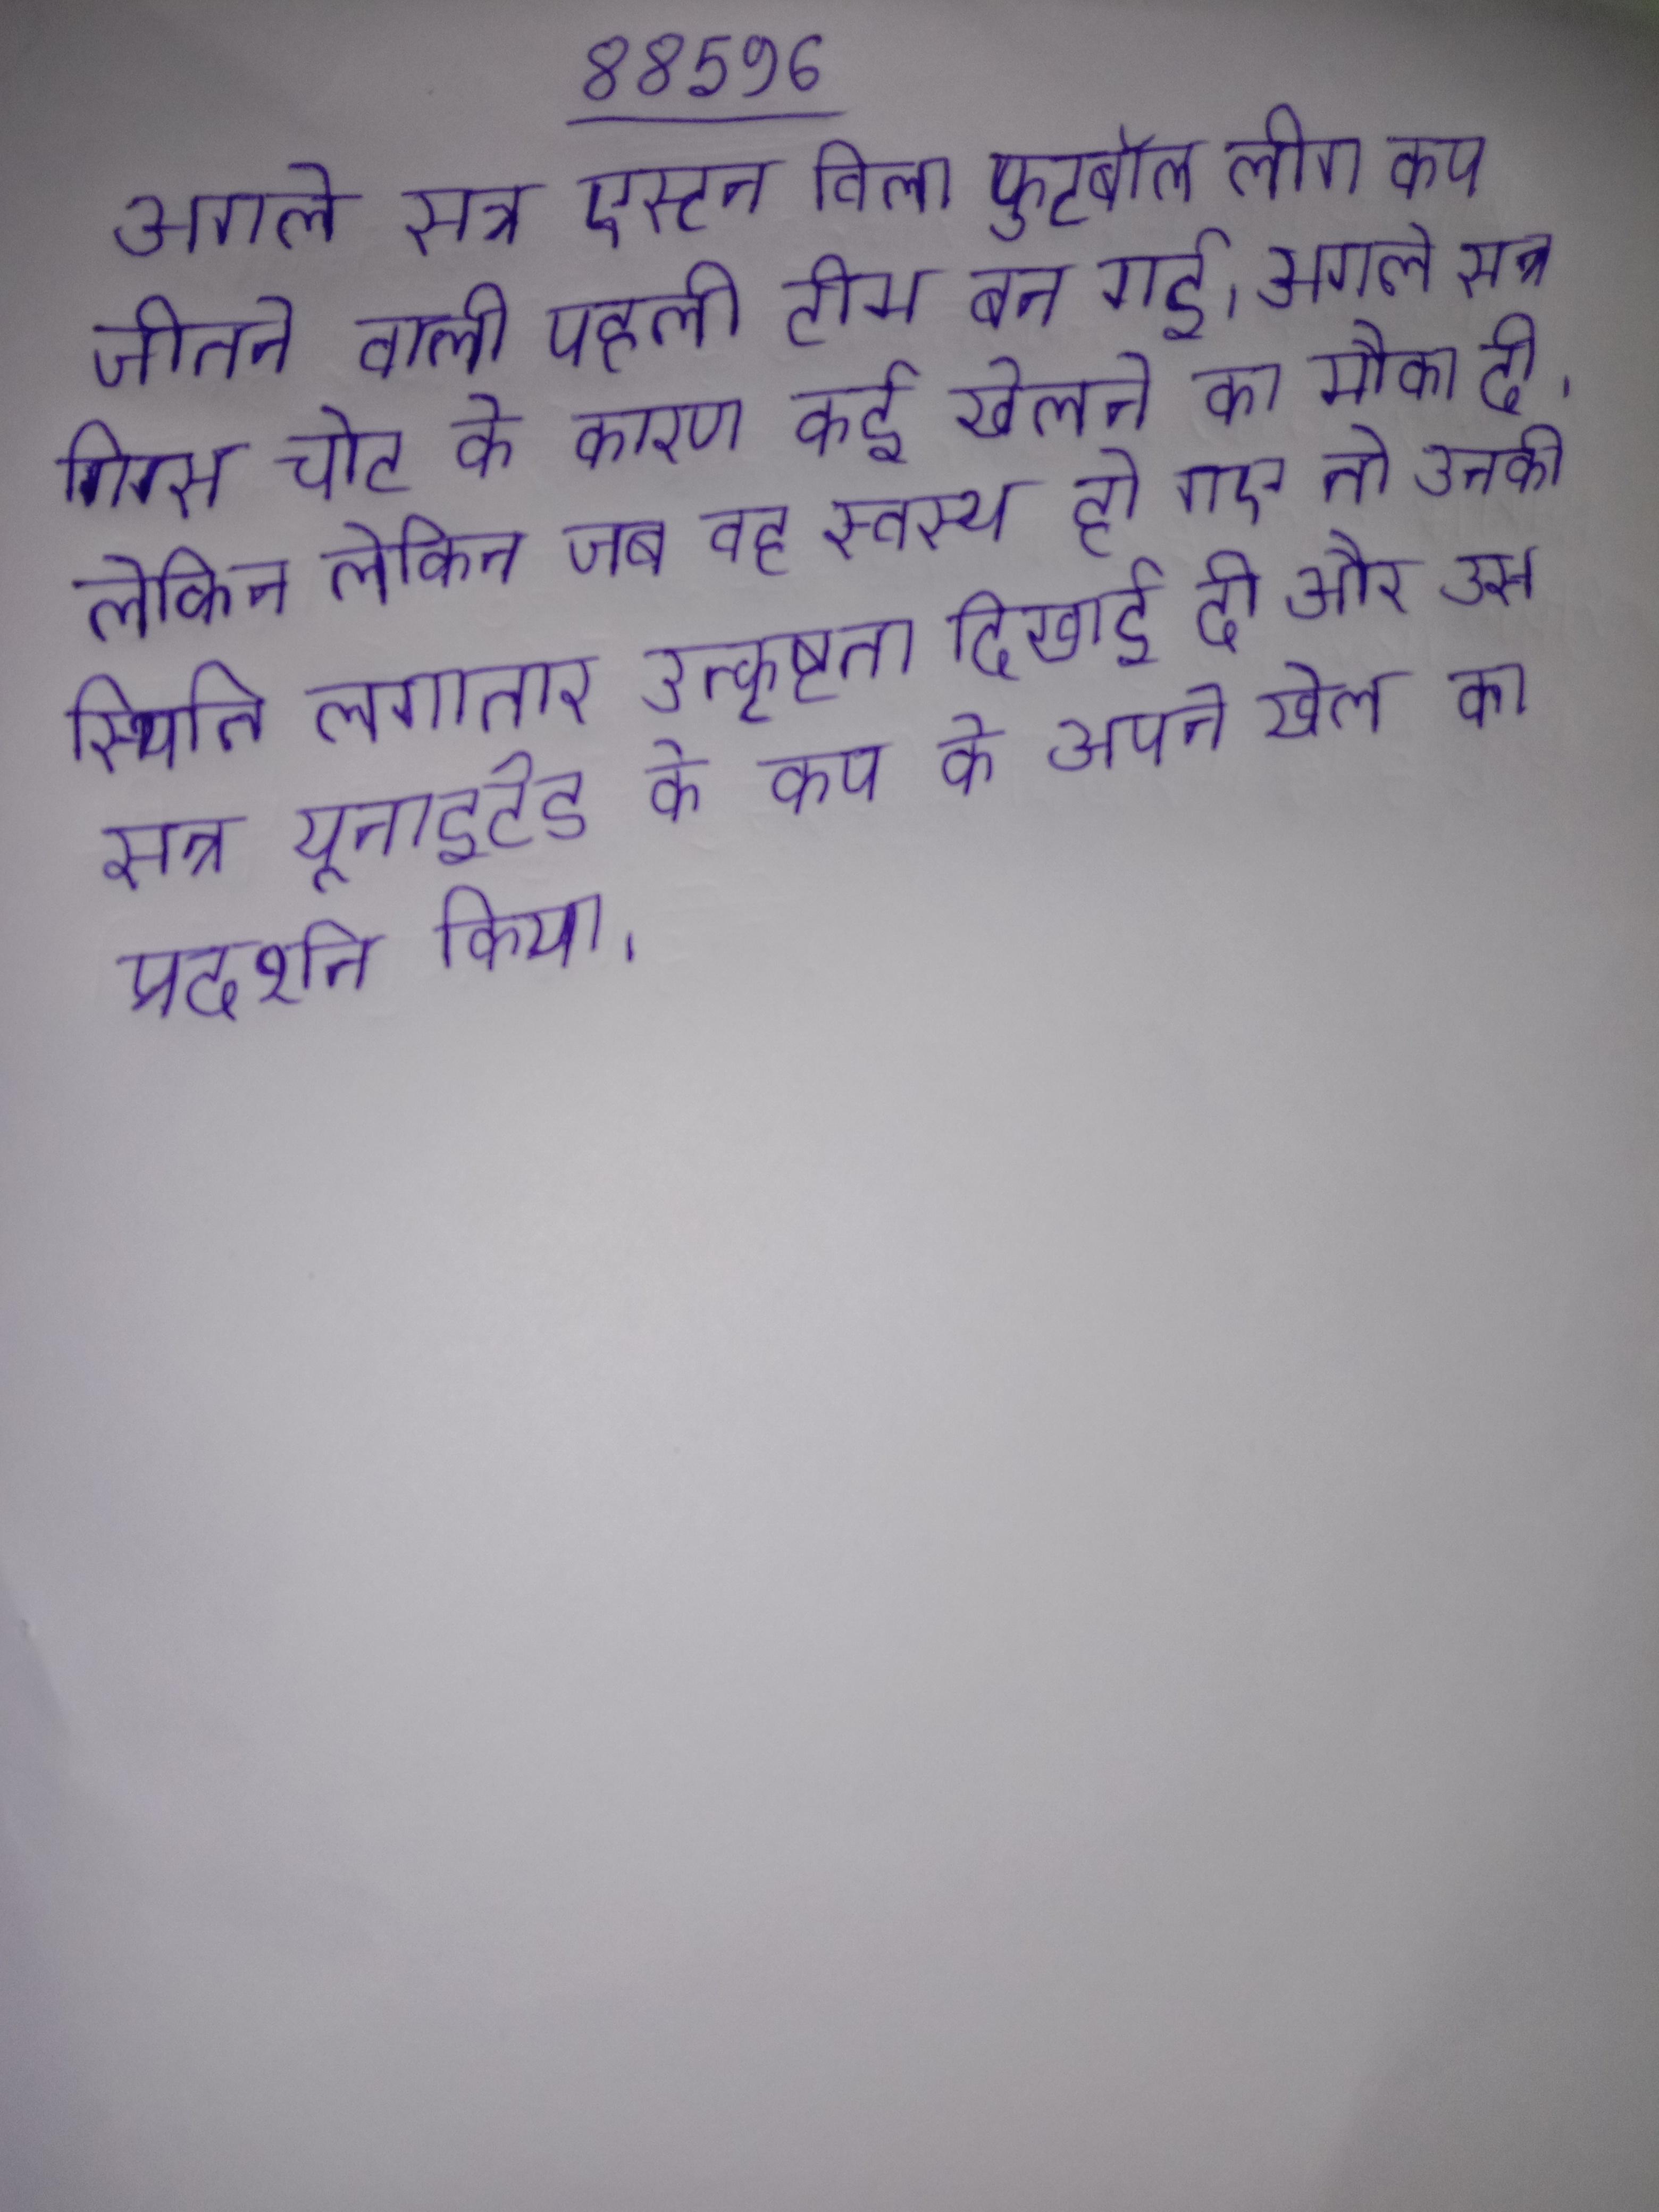
अगले सत्र एस्टन विला फुटबॉल लीग कप जीतने वाली पहली टीम बन गई । अगले सत्र गिग्स चोट के कारण कई खेलने का मौका दी, लेकिन लेकिन जब वह स्वस्थ हो गए तो उनकी स्थिति लगातार उत्कृष्टता दिखाई दी और उस सत्र यूनाइटेड के कप के अपने खेल का प्रदर्शन किया ।